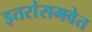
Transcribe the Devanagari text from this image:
इतरांसमवेत